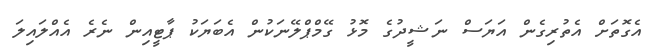
އެގޮތަށް އެތުރިގެން އަޔަސް ނަޝީދުގެ މޮޅު ގޭމްޕްލޭނަކުން އެބަޔަކު ޕާޓީއިން ނެރެ އެއްލައިލަ